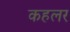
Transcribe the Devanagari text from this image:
कहलर